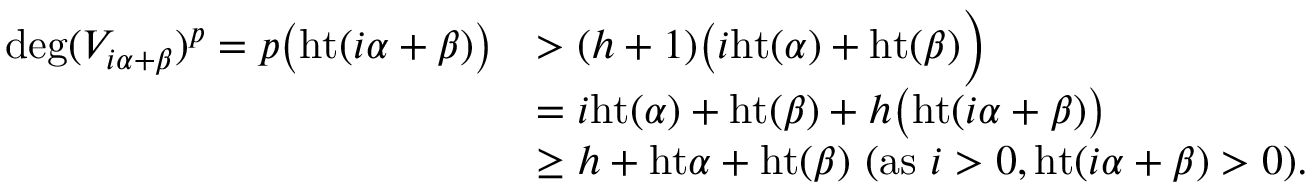
\begin{array} { r l } { \deg ( V _ { i \alpha + \beta } ) ^ { p } = p \big ( \mathrm { h t } ( i \alpha + \beta ) \big ) } & { > ( h + 1 ) \big ( i \mathrm { h t } ( \alpha ) + \mathrm { h t } ( \beta ) \Big ) } \\ & { = i \mathrm { h t } ( \alpha ) + \mathrm { h t } ( \beta ) + h \big ( \mathrm { h t } ( i \alpha + \beta ) \big ) } \\ & { \geq h + \mathrm { h t } \alpha + \mathrm { h t } ( \beta ) \mathrm { ~ } ( \mathrm { a s ~ } i > 0 , \mathrm { h t } ( i \alpha + \beta ) > 0 ) . } \end{array}